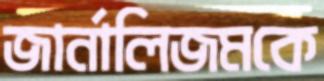
জার্নালিজমকে